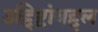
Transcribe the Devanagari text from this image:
उद्दिष्टांबद्दल